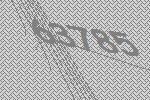
63785